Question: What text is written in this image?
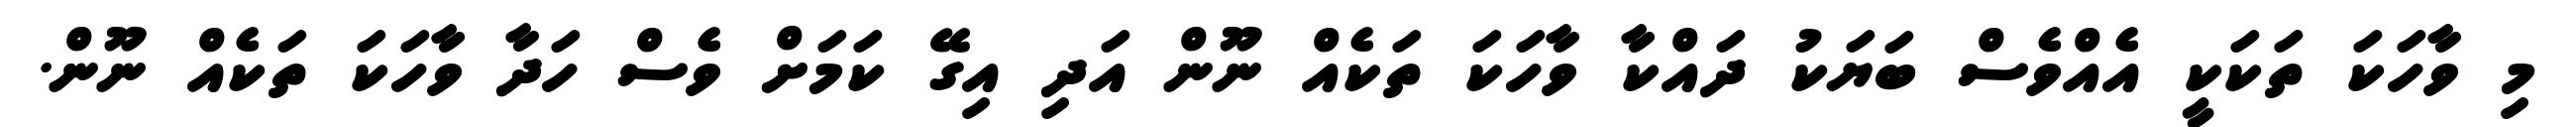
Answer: މި ވާހަކަ ތަކަކީ އެއްވެސް ބަޔަކު ދައްކާ ވާހަކަ ތަކެއް ނޫން އަދި އިގޭ ކަމަށް ވެސް ހަދާ ވާހަކަ ތަކެއް ނޫން.